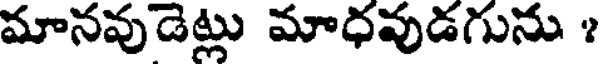
మానవుడెట్లు మాధవుడగును ?